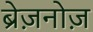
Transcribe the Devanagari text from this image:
ब्रेज़नोज़